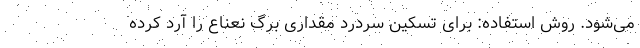
می‌شود. روش استفاده: برای تسکین سردرد مقداری برگ نعناع را آرد کرده